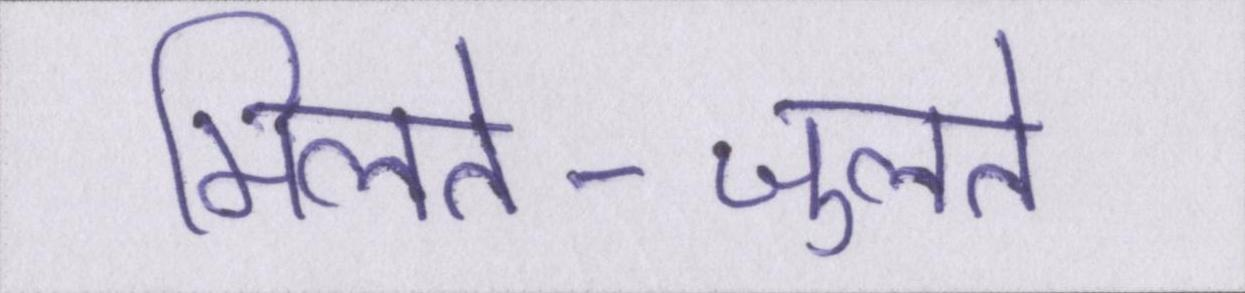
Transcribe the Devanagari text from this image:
मिलते-जुलते